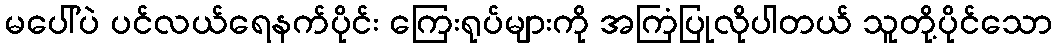
မပေါ်ပဲ ပင်လယ်ရေနက်ပိုင်း ကြေးရုပ်များကို အကြံပြုလိုပါတယ် သူတို့ပိုင်သော